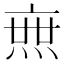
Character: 𤍍